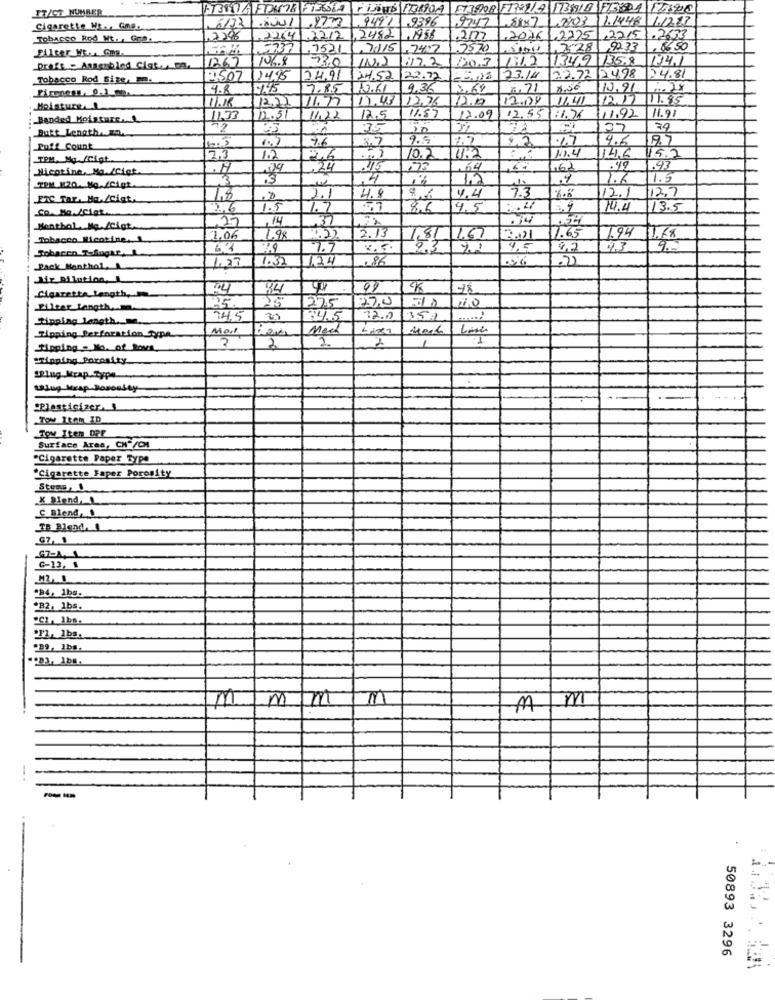
IT/CT NUMBER
1-736041F0478 F136664 + 1DB 173190] [13908 F131/4 1BS18 FEBDA 17328
6132/1001 .227
9491
.9396
9747
88×7
7203 1.1448 1.1227
Cigarette W ., Gms.
Tobacco Rod Wt. , Gra.
,2296
1.22.4.2212
,2482
,1958
1.2007
.2026 ,2275 ,22151.2633
5737
.7521
,247
1.7570
.. 1.7 28 9233
,0650
1267
106.8
53.0
17.2
131.2
134.1
Draft = Assembled Ciat ... DA
1603
Tobacco Rod Size, mm.
3,507 14.45
74.91
24.52
22.72
23.14
22.72/24.98
24.81
4.8
-1.45
7.85
10.61
9,36
13.69
1.71
10.91
.. 28
17.18
12.22
1.43
1276
12.0
12.04
11.41
12.17
11.85
Moisture.
11.57
11.97
Banded Moisture ...
1.73
112.5
11.22
12.5
12.09
12.55/11.76
111.92
Butt Length. E.m.
72
35
20
37
79
7.6
9.5
1.7
22
.17
4.6
Puff Count
TPM, Mg.fiat
2,3
10.2
11.4
14.6
15.2
Nicotine, Ma./Cigt
24
175
162
.99
.93
3
3
4
12
1.6
1.5
TEM 1:20. No./cigt.
7.3
ETC Tar. Ma./cigt,
18
2.1
4.8
4.4
12.1
12.7
26
1.5
8.6
4.5
204
14.4
13.5
17
14
.37
Menthal Me./cigt
1.94
Tobacco Nicotine ...
1.06
1.98
4.22
2.13
7.65
Sobacen Tafughe,
2.9
7.7
4.5
9.7
9.
1.3
1.24
.86
Pack Menthol,
1.23
Jir Ailution,
Cigarette Length,
225
25,0
1.0
Filter Length, . m.
Ripping length ..
74.5
34.5
72.2
350
Mech
Tipping Perforation Type
2
2
1
"Hinning Porosity
"Plasticizer,
Tow Item ID
Tow Item DPP
Surface Area, CH-/CI
"Cigarette Paper Type
"Cigarette Faper Porosity
Steps,
X Blend,L
S Blend. 1
C-13, 1
M2, 0
*B4, 1bs.
B2. 1bs.
"39, Ibs.
B
m m/m
-
50893 3296